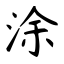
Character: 涂